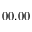
0 0 . 0 0